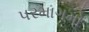
પરમાગમો